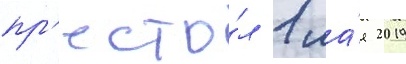
пр'есто́л 1 ма́я 2019